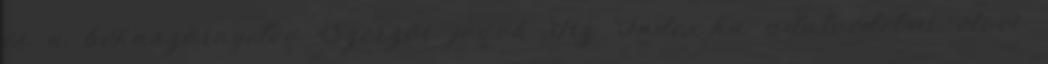
és a békaszörnyeteg Szerzői jogok Az Index.hu adatvédelmi elvei